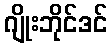
ဂျိုးဘိုင်ဒင်